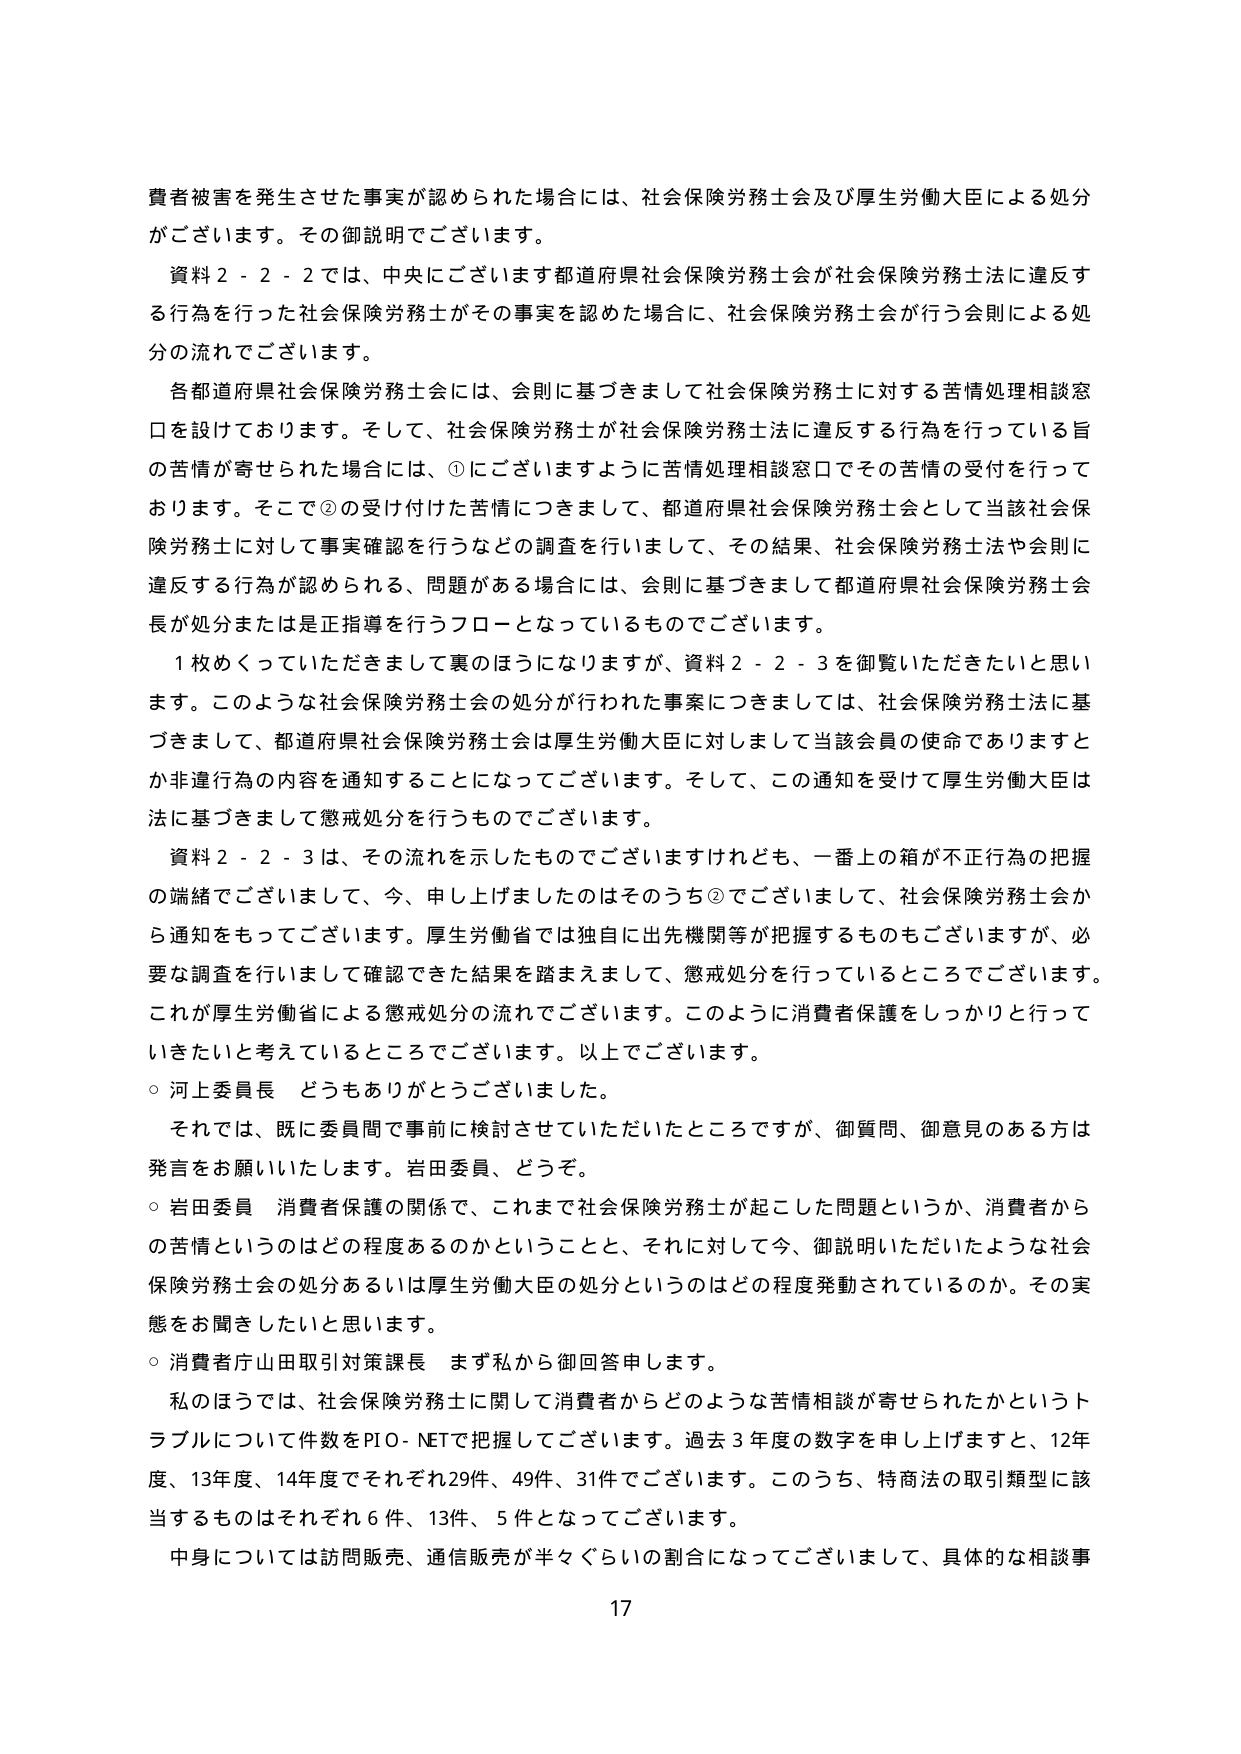
費者被害を発生させた事実が認められた場合には、社会保険労務士会及び厚生労働大臣による処分がございます。その御説明でございます。

資料２－２－２では、中央にございます都道府県社会保険労務士会が社会保険労務士法に違反する行為を行った社会保険労務士がその事実を認めた場合に、社会保険労務士会が行う会則による処分の流れでございます。

各都道府県社会保険労務士会には、会則に基づきまして社会保険労務士に対する苦情処理相談窓口を設けております。そして、社会保険労務士が社会保険労務士法に違反する行為を行っている旨の苦情が寄せられた場合には、①にございますように苦情処理相談窓口でその苦情の受付を行っております。そこで②の受付けた苦情につきまして、都道府県社会保険労務士会として当該社会保険労務士に対して事実確認を行うなどの調査を行いまして、その結果、社会保険労務士法や会則に違反する行為が認められる、問題がある場合には、会則に基づきまして都道府県社会保険労務士会長が処分または是正指導を行うフローとなっているものでございます。

１枚めくっていただきまして裏のほうになりますが、資料２－２－３を御覧いただきたいと思います。このような社会保険労務士会の処分が行われた事案につきましては、社会保険労務士法に基づきまして、都道府県社会保険労務士会は厚生労働大臣に対しまして当該会員の使命でありますとか非違行為の内容を通知することになってございます。そして、この通知を受けた厚生労働大臣は法に基づきまして懲戒処分を行うものでございます。

資料２－２－３は、その流れを示したものでございますけれども、一番上の箱が不正行為の把握の端緒でございまして、今、申し上げましたのはそのうち②でございまして、社会保険労務士会から通知をもってございます。厚生労働省では独自に出先機関等が把握するものもございますが、必要な調査を行いまして確認できた結果を踏まえまして、懲戒処分を行っているところでございます。これが厚生労働省による懲戒処分の流れでございます。このように消費者保護をしっかり行っていきたいと考えているところでございます。以上でございます。

○ 河上委員長 どうもありがとうございました。

それでは、既に委員間で事前に検討させていただいたところですが、御質問、御意見のある方は発言をお願いいたします。岩田委員、どうぞ。

○ 岩田委員 消費者保護の関係で、これまで社会保険労務士が起こした問題というか、消費者からの苦情というのはどの程度あるのかということと、それに対して今、御説明いただいたような社会保険労務士会の処分あるいは厚生労働大臣の処分というのはどの程度発動されているのか。その実態をお聞きしたいと思います。

○ 消費者庁山田取引対策課長 まず私から御回答申します。

私のほうでは、社会保険労務士に関して消費者からどのような苦情相談が寄せられたかというトラブルについて件数をPIO-NETで把握してございます。過去３年度の数字を申し上げますと、12年度、13年度、14年度でそれぞれ29件、49件、31件でございます。このうち、特商法の取引類型に該当するものはそれぞれ6件、13件、5件となってございます。

中身については訪問販売、通信販売が半々ぐらいの割合になってございまして、具体的な相談事

17